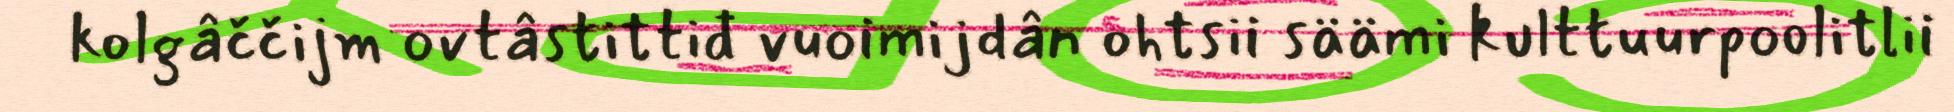
kolgâččijm ovtâstittiđ vuoimijdân ohtsii säämi kulttuurpoolitlii